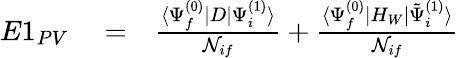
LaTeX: \begin{array}{rlr}{E1_{PV}}&{{}=}&{\frac{\langle\Psi_{f}^{(0)}|D|\Psi_{i}^{(1)}\rangle}{{\cal N}_{if}}+\frac{\langle\Psi_{f}^{(0)}|H_{W}|\tilde{\Psi}_{i}^{(1)}\rangle}{{\cal N}_{if}}}\end{array}